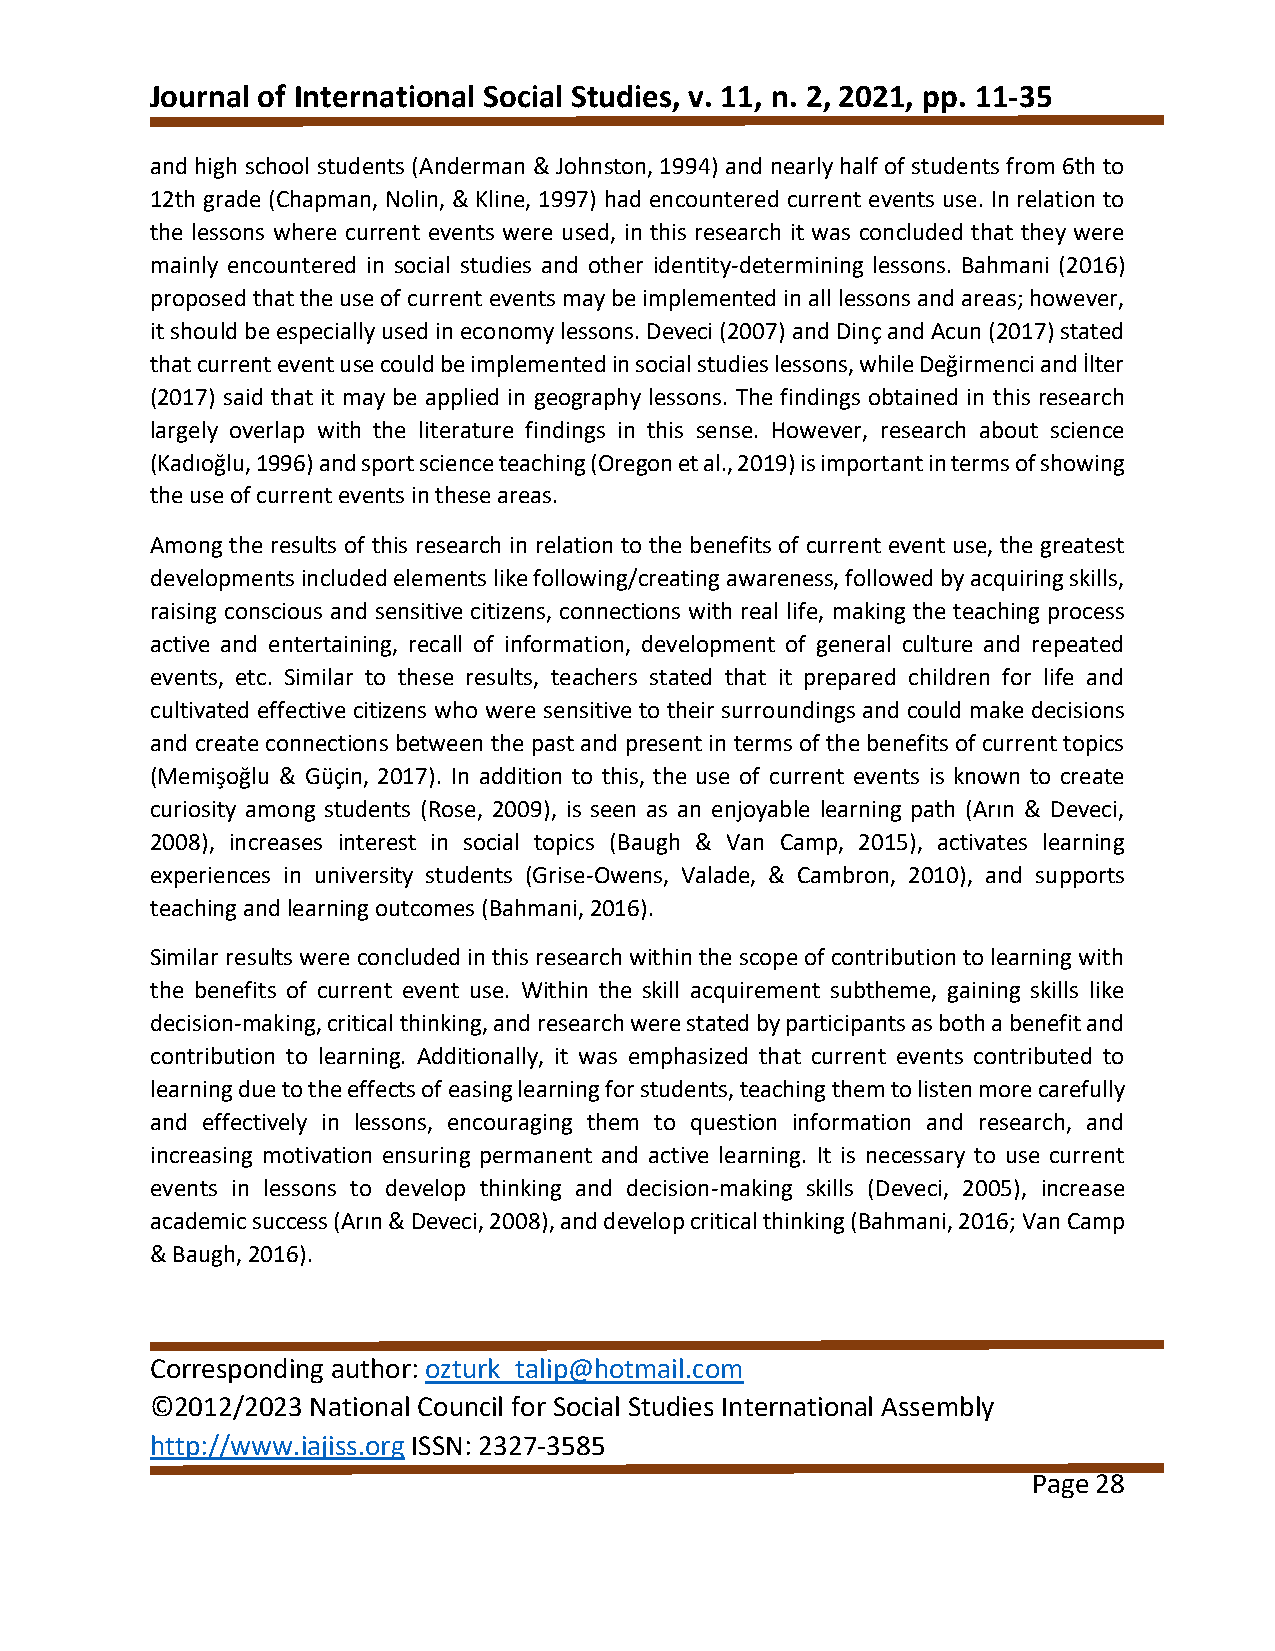
Journal of International Social Studies, v. 11, n. 2, 2021, pp. 11-35
 and high school students (Anderman & Johnston, 1994) and nearly half of students from 6th to
 12th grade (Chapman, Nolin, & Kline, 1997) had encountered current events use. In relation to
 the lessons where current events were used, in this research it was concluded that they were
 mainly encountered in social studies and other identity-determining lessons. Bahmani (2016)
 proposed that the use of current events may be implemented in all lessons and areas; however,
 it should be especially used in economy lessons. Deveci (2007) and Dinç and Acun (2017) stated
 that current event use could be implemented in social studies lessons, while Değirmenci and İlter
 (2017) said that it may be applied in geography lessons. The findings obtained in this research
 largely overlap with the literature findings in this sense. However, research about science
 (Kadıoğlu, 1996) and sport science teaching (Oregon et al., 2019) is important in terms of showing
 the use of current events in these areas.
 Among the results of this research in relation to the benefits of current event use, the greatest
 developments included elements like following/creating awareness, followed by acquiring skills,
 raising conscious and sensitive citizens, connections with real life, making the teaching process
 active and entertaining, recall of information, development of general culture and repeated
 events, etc. Similar to these results, teachers stated that it prepared children for life and
 cultivated effective citizens who were sensitive to their surroundings and could make decisions
 and create connections between the past and present in terms of the benefits of current topics
 (Memişoğlu & Güçin, 2017). In addition to this, the use of current events is known to create
 curiosity among students (Rose, 2009), is seen as an enjoyable learning path (Arın & Deveci,
 2008), increases interest in social topics (Baugh & Van Camp, 2015), activates learning
 experiences in university students (Grise-Owens, Valade, & Cambron, 2010), and supports
 teaching and learning outcomes (Bahmani, 2016).
 Similar results were concluded in this research within the scope of contribution to learning with
 the benefits of current event use. Within the skill acquirement subtheme, gaining skills like
 decision-making, critical thinking, and research were stated by participants as both a benefit and
 contribution to learning. Additionally, it was emphasized that current events contributed to
 learning due to the effects of easing learning for students, teaching them to listen more carefully
 and effectively in lessons, encouraging them to question information and research, and
 increasing motivation ensuring permanent and active learning. It is necessary to use current
 events in lessons to develop thinking and decision-making skills (Deveci, 2005), increase
 academic success (Arın & Deveci, 2008), and develop critical thinking (Bahmani, 2016; Van Camp
 & Baugh, 2016).
 Corresponding author: ozturk_talip@hotmail.com
 ©2012/2023 National Council for Social Studies International Assembly
 http://www.iajiss.org ISSN: 2327-3585
 Page 28